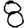
Digit: 8